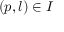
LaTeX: ( p , l ) \in I